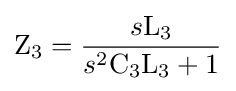
\mathrm {Z_{3}} ={\frac {s\mathrm {L_{3}} }{s^{2}\mathrm {C_{3}} \mathrm {L_{3}} +1}}